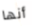
أنها